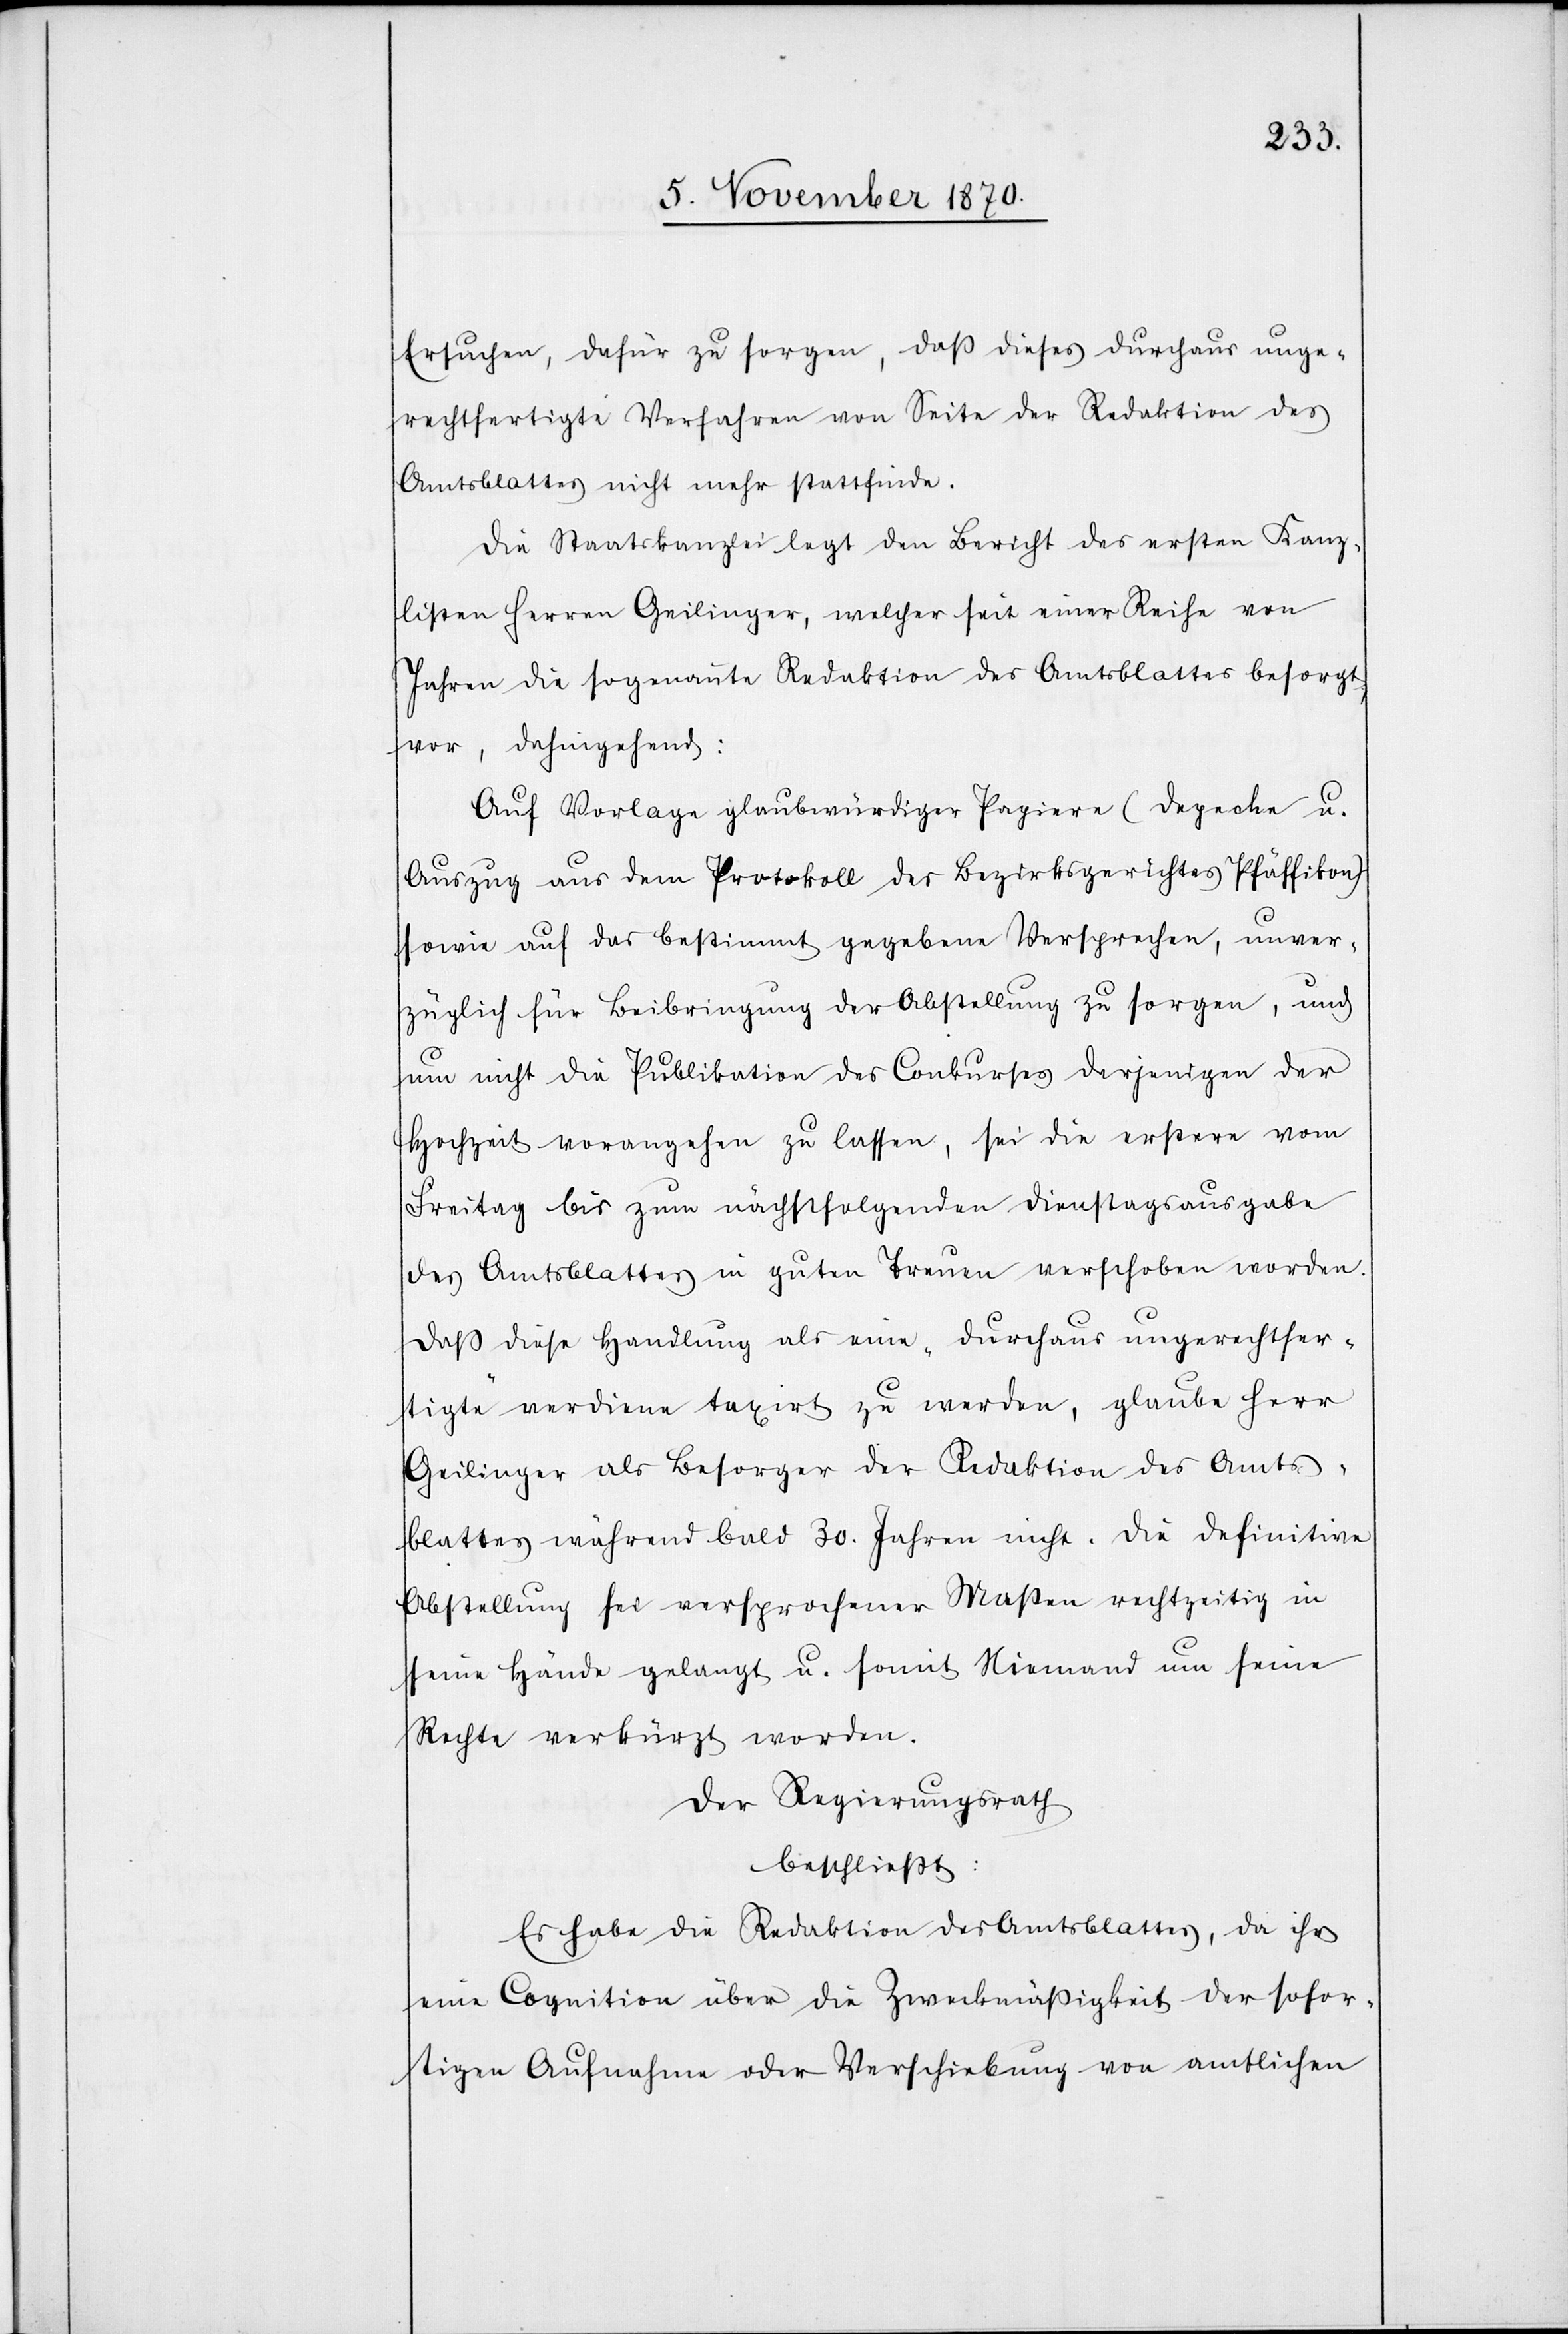
Ersuchen, dafür zu sorgen, daß dieses durchaus unge¬
rechtfertigte Verfahren von Seite der Redaktion des
Amtsblattes nicht mehr stattfinde.
Die Staatskanzlei legt den Bericht des ersten Kanz¬
listen Herren Geilinger, welcher seit einer Reihe von
Jahren die sogenannte Redaktion des Amtsblattes besorgt,
vor, dahingehend:
Auf Vorlage glaubwürdiger Papiere (Depeche u.
Auszug aus dem Protokoll des Bezirksgerichtes Pfäffikon)
sowie auf das bestimmt gegebenen Versprechen, unver¬
züglich für Beibringung der Abstellung zu sorgen, und
um nicht die Publikation des Konkurses derjenigen der
Hochzeit vorangehen zu lassen, sei die erstere vom
Freitag bis zum nächstfolgenden Dienstagsausgabe
des Amtsblattes in guten Treuen verschoben worden.
Daß diese Handlung als eine „durchaus ungerechtfer¬
tigte“ verdiene taxirt zu werden, glaube Herr
Geilinger als Besorger der Redaktion des Amts¬
blattes während bald 30. Jahren nicht. Die definitive
Abstellung sei versprochener Maßen rechtzeitig in
seine Hände gelangt u. somit Niemand um seine
Rechte verkürzt worden.
Der Regierungsrath
beschließt:
Es habe die Redaktion des Amtsblattes, da ihr
eine Cognition über die Zweckmäßigkeit der sofor¬
tigen Aufnahme oder Verschiebung von amtlichen